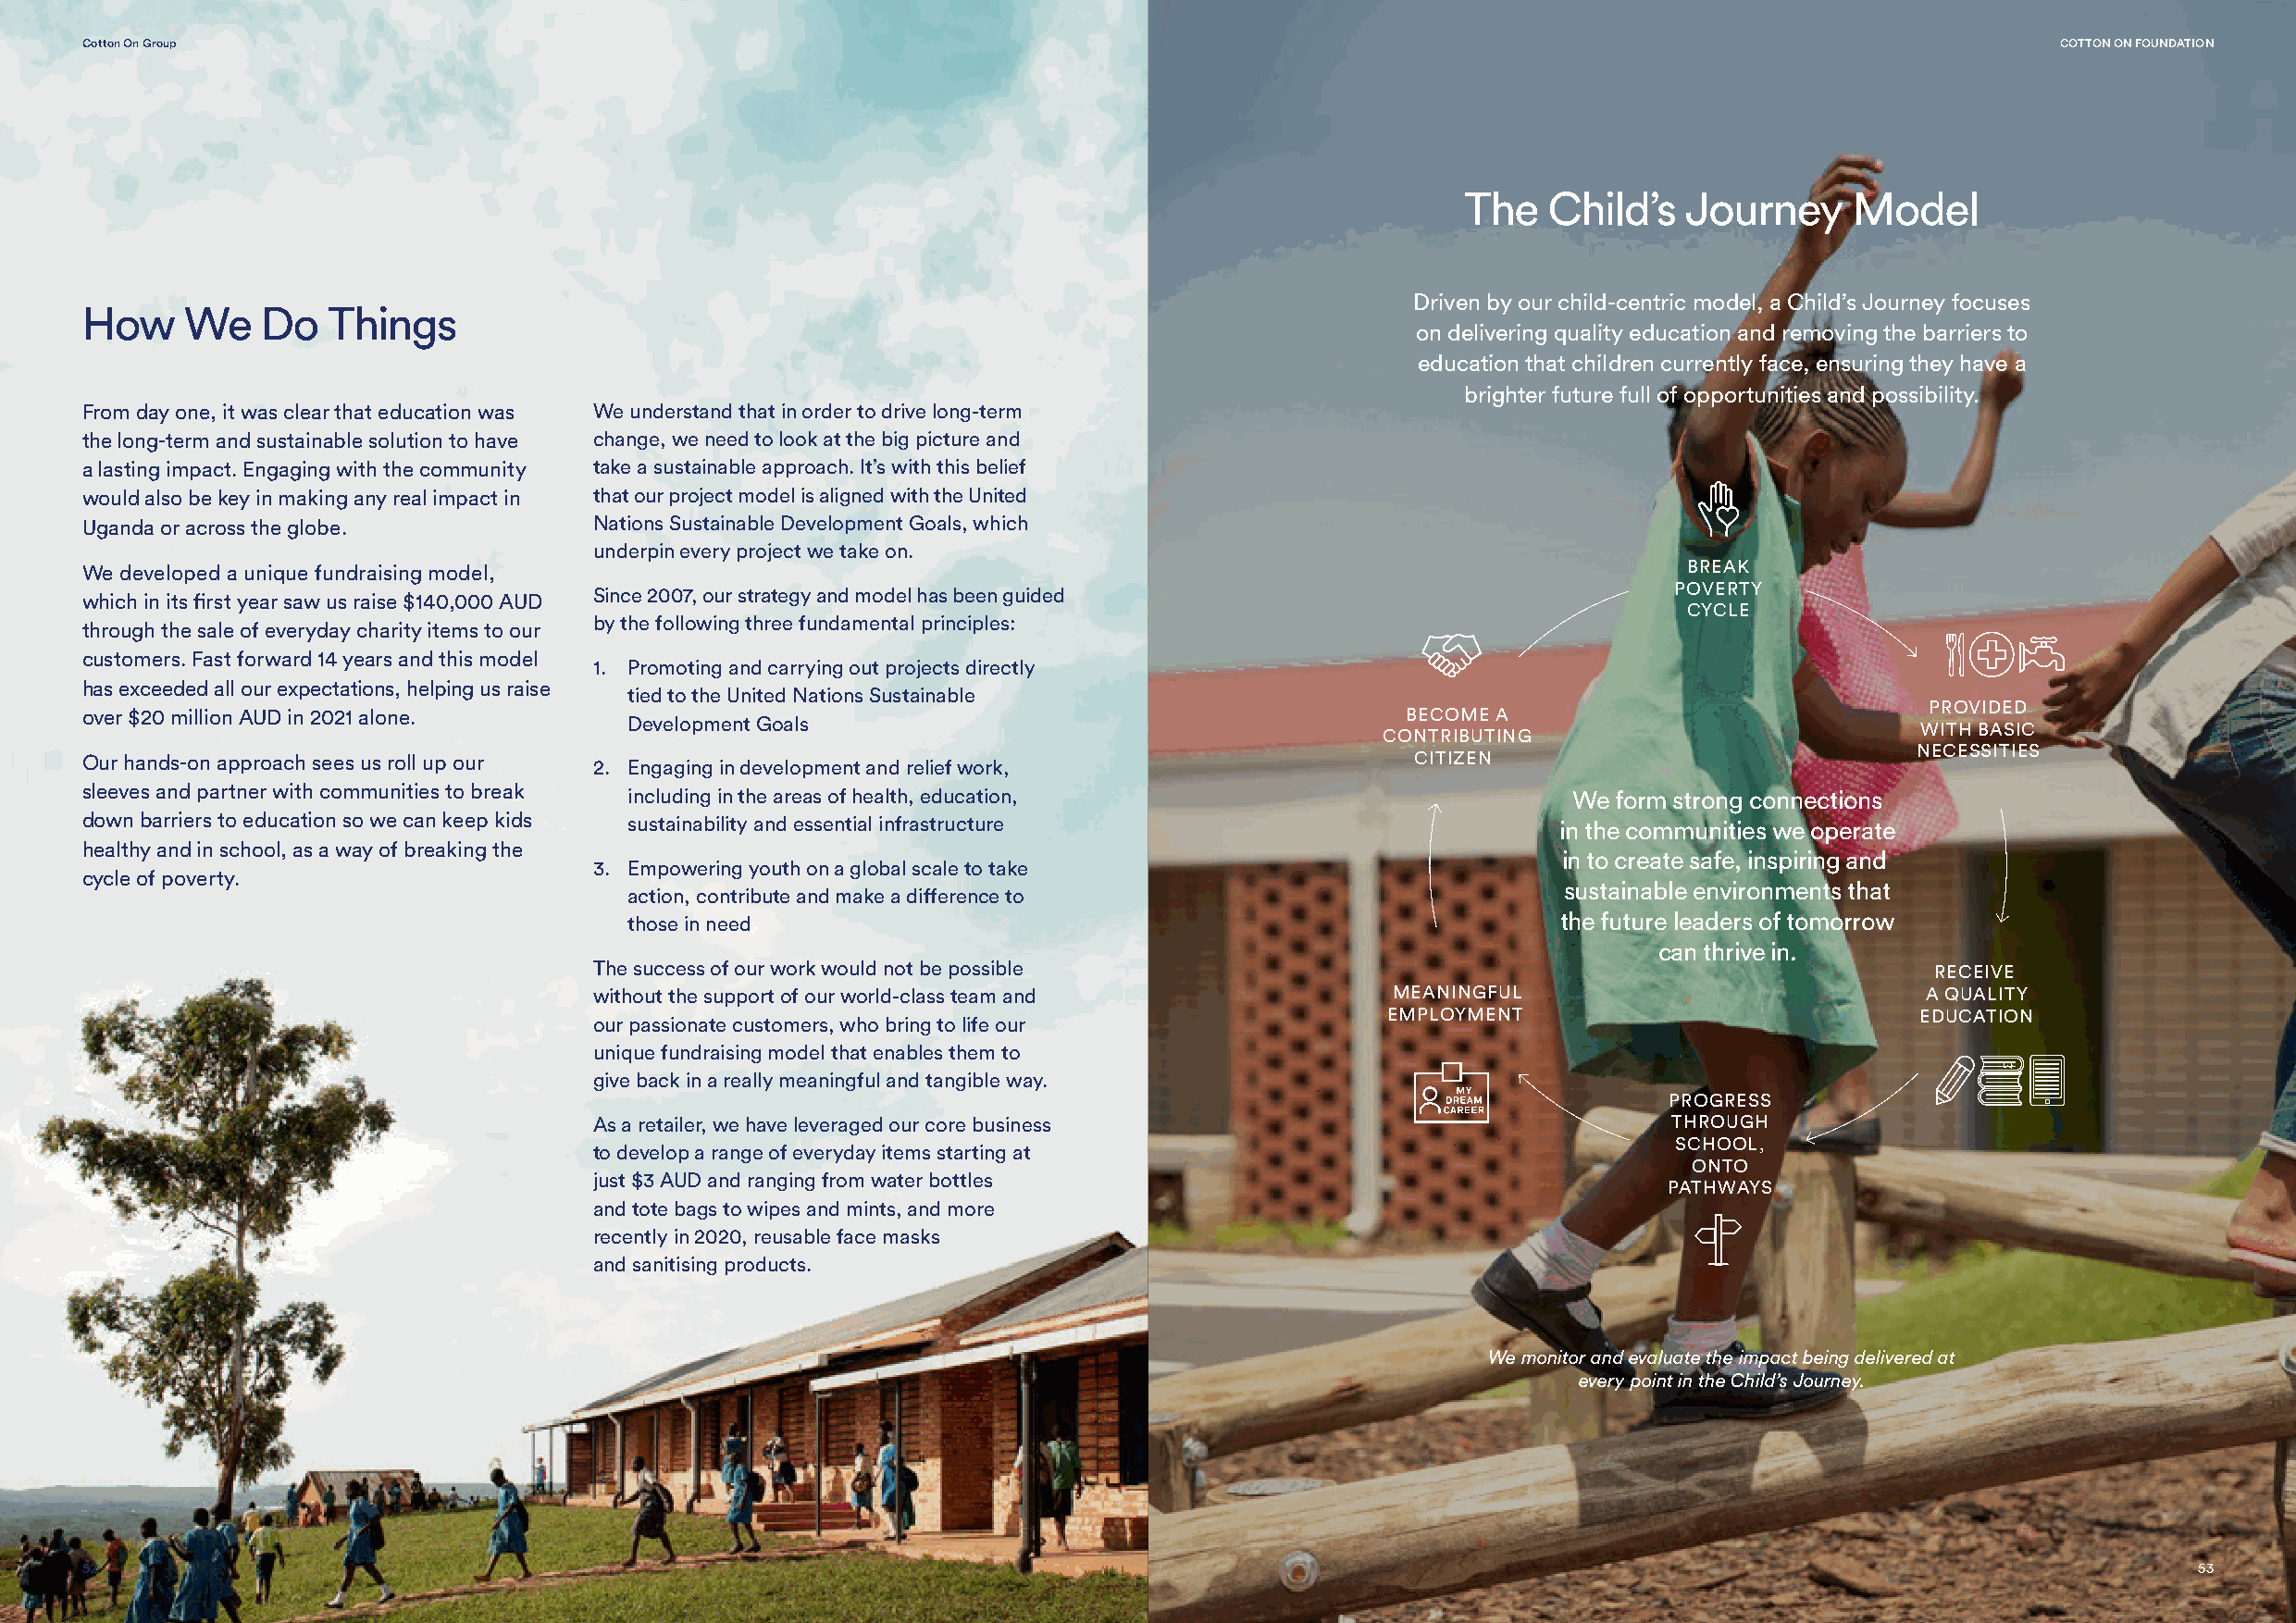
Cotton On Group                                                                                                                              COTTON ON FOUNDATION
 The   Child’s   Journey    Model
 Driven by our child-centric model, a Child’s Journey focuses
 How    We    Do  Things
 on delivering quality education and removing the barriers to
 education that children currently face, ensuring they have a
 brighter future full of opportunities and possibility.
 From day one, it was clear that education was We understand that in order to drive long-term
 the long-term and sustainable solution to have change, we need to look at the big picture and
 a lasting impact. Engaging with the community take a sustainable approach. It’s with this belief
 would also be key in making any real impact in that our project model is aligned with the United
 Uganda or across the globe.         Nations Sustainable Development Goals, which
 underpin every project we take on.
 We developed a unique fundraising model,                                                                           BREAK
 POVERTY
 Since 2007, our strategy and model has been guided
 which in its first year saw us raise $140,000 AUD
 CYCLE
 by the following three fundamental principles:
 through the sale of everyday charity items to our
 customers. Fast forward 14 years and this model
 1. Promoting and carrying out projects directly
 has exceeded all our expectations, helping us raise
 tied to the United Nations Sustainable
 PROVIDED
 over $20 million AUD in 2021 alone.                                                            BECOME A
 Development Goals
 WITH BASIC
 CONTRIBUTING
 NECESSITIES
 Our hands-on approach sees us roll up our 2. Engaging in development and relief work,          CITIZEN
 sleeves and partner with communities to break including in the areas of health, education,                We  form strong connections
 down barriers to education so we can keep kids sustainability and essential infrastructure                in the communities we operate
 healthy and in school, as a way of breaking the
 in to create safe, inspiring and
 3. Empowering youth on a global scale to take
 cycle of poverty.
 sustainable environments that
 action, contribute and make a difference to
 those in need                                                      the future leaders of tomorrow
 can thrive in.
 The success of our work would not be possible                                                   RECEIVE
 without the support of our world-class team and           MEANINGFUL                            A QUALITY
 EMPLOYMENT                            EDUCATION
 our passionate customers, who bring to life our
 unique fundraising model that enables them to
 give back in a really meaningful and tangible way.
 PROGRESS
 As a retailer, we have leveraged our core business                            THROUGH
 SCHOOL,
 to develop a range of everyday items starting at
 ONTO
 just $3 AUD and ranging from water bottles
 PATHWAYS
 and tote bags to wipes and mints, and more
 recently in 2020, reusable face masks
 and sanitising products.
 We monitor and evaluate the impact being delivered at
 every point in the Child’s Journey.
 52                                                                                                                                                     53